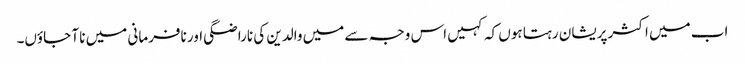
اب میں اکثر پریشان رہتا ہوں کہ کہیں اس وجہ سے میں والدین کی ناراضگی اور نافرمانی میں نا آ جاؤں۔